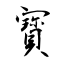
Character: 寳